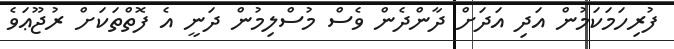
ފުރިހަމަކަމުން އަދި އަދަށް ދާންދެން ވެސް މުސްލިމުން ދަނީ އެ ފޮތްތަކަށް ރުޖޫޢަވެ